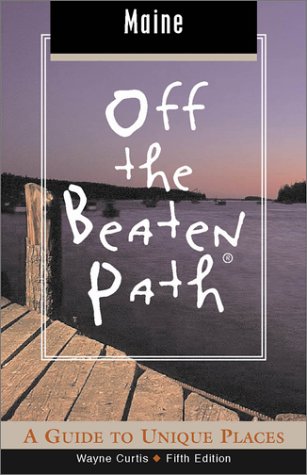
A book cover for Maine Off the Beaten Path, 5th: A Guide to Unique Places (Off the Beaten Path Series); Wayne Curtis; Travel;